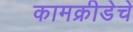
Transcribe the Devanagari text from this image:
कामक्रीडेचे